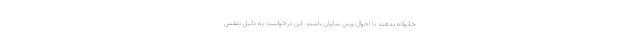
خانواده بدهند تا احوال پرس سایران باشید. این درخواست به دلیل تنفس